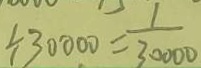
\div 3 0 0 0 = \frac { 1 } { 3 0 0 0 0 }